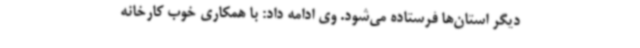
دیگر استان‌ها فرستاده می‌شود. وی ادامه داد: با همکاری خوب کارخانه